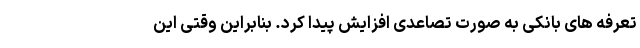
تعرفه های بانکی به صورت تصاعدی افزایش پیدا کرد. بنابراین وقتی این